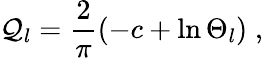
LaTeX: \mathcal{Q}_{l}=\frac{{2}}{{\pi}}\left(-c+\ln\Theta_{l}\right)\; ,